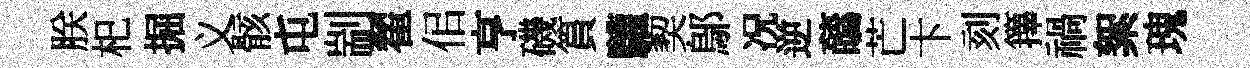
朕𣏌掘义骸屯剬翟佀亨磯篔驩契鄔况逆蘤芒卞刻籜禍絮瑰